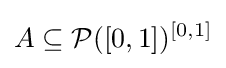
A\subseteq {\mathcal {P}}([0,1])^{[0,1]}